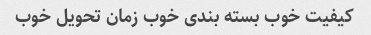
کیفیت خوب بسته بندی خوب زمان تحویل خوب